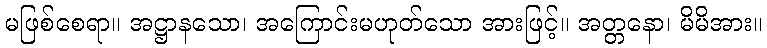
မဖြစ်စေရာ။ အဋ္ဌာနသော၊ အကြောင်းမဟုတ်သော အားဖြင့်။ အတ္တနော၊ မိမိအား။